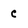
Character: c